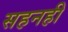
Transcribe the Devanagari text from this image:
सहनही